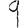
Digit: 9